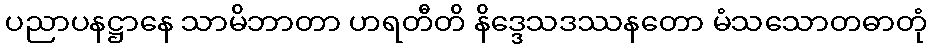
ပညာပနဋ္ဌာနေ သာမိဘာတာ ဟရတီတိ နိဒ္ဒေသဒဿနတော မံသသောတဓာတုံ